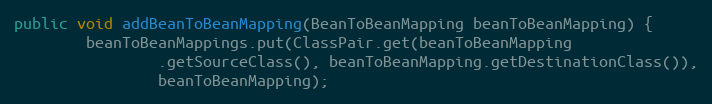
Language: Java
public void addBeanToBeanMapping(BeanToBeanMapping beanToBeanMapping) {
		beanToBeanMappings.put(ClassPair.get(beanToBeanMapping
				.getSourceClass(), beanToBeanMapping.getDestinationClass()),
				beanToBeanMapping);